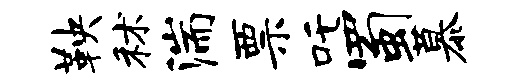
鞅秫湍票吒蜀慕